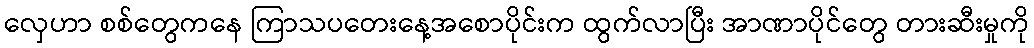
လှေဟာ စစ်တွေကနေ ကြာသပတေးနေ့အစောပိုင်းက ထွက်လာပြီး အာဏာပိုင်တွေ တားဆီးမှုကို